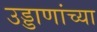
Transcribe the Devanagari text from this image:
उड्डाणांच्या